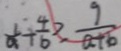
\frac { 1 } { a } + \frac { 4 } { b } \geq \frac { 9 } { a + b }